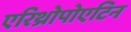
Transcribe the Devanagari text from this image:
एरिथ्रोपोएटिन